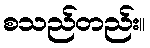
စသည်တည်း။